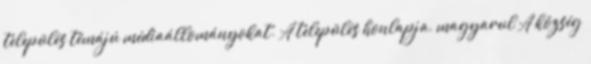
település témájú médiaállományokat. A település honlapja, magyarul A község